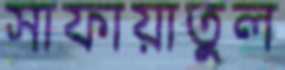
সাফায়াতুল